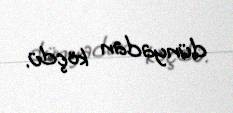
dünyadan köçdü.